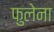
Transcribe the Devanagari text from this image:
फुलेना